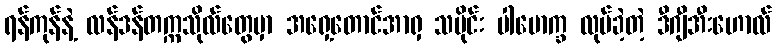
ရန်ကုန်နဲ့ လန်ဒန်တက္ကသိုလ်တွေမှာ အရှေ့တောင်အာရှ သမိုင်း ပါမောက္ခ လုပ်ခဲ့တဲ့ ဒီဂျီအီးဟောလ်